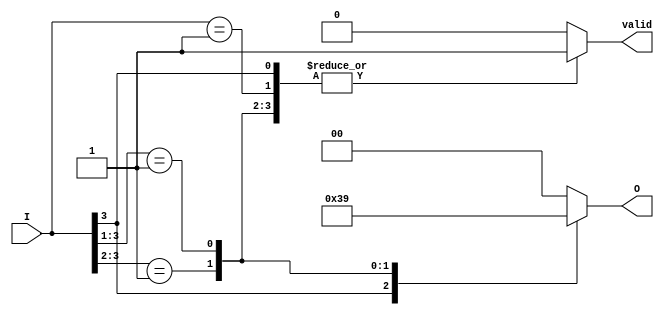
module priority_encoder #(
    parameter N = 4  // Number of input lines (I_3 to I_0)
) (
    input wire [N-1:0] I,  // Input lines
    output reg [$clog2(N)-1:0] O,  // Output lines (encoded value)
    output reg valid  // Valid signal
);

    always @(*) begin
        valid = 1'b0;  // Default valid signal is low
        O = {$clog2(N){1'b0}};  // Default output is zero

        // Check inputs from highest priority to lowest
        casez (I)
            4'b1???: begin
                O = 3'b11;  // I_3 is active
                valid = 1'b1;
            end
            4'b01??: begin
                O = 3'b10;  // I_2 is active
                valid = 1'b1;
            end
            4'b001?: begin
                O = 3'b01;  // I_1 is active
                valid = 1'b1;
            end
            4'b0001: begin
                O = 3'b00;  // I_0 is active
                valid = 1'b1;
            end
            default: begin
                O = {$clog2(N){1'b0}};  // No active inputs
                valid = 1'b0;
            end
        endcase
    end
endmodule